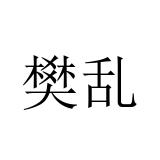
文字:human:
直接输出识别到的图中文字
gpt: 樊乱